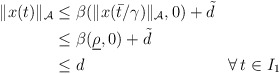
\begin{align*}\begin{aligned}\|x(t)\|_{\mathcal{A}} & \le \beta(\|x(\bar{t}/\gamma)\|_{\mathcal{A}},0) + \tilde{d}\\ & \le \beta(\underline{\rho},0) + \tilde{d}\\ & \le d && \forall\, t \in I_1\end{aligned}\end{align*}